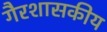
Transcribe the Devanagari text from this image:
गैरशासकीय